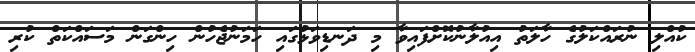
ކުއްލި ނުރައްކަލުގެ ހާލަތު އިއުލާނުކޮށްފައިވާ މި ދަނޑިވަޅުގައި ހަމަނުޖެހުން ހިންގަން މަސައްކަތް ކުރި